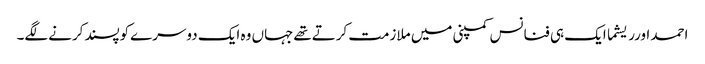
احمد اورریشما ایک ہی فنانس کمپنی میں ملازمت کرتےتھےجہاں وہ ایک دوسرےکوپسندکرنےلگے۔